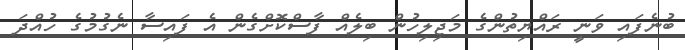
ބުނެފައި ވަނީ ރައްޔިތުންގެ މަޖިލިހުން ބިލެއް ފާސްކޮށްގެން އެ ފައިސާ ނެގުމުގެ ހުއްދަ